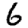
Digit: 6